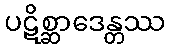
ပဋိစ္ဆာဒေန္တဿ